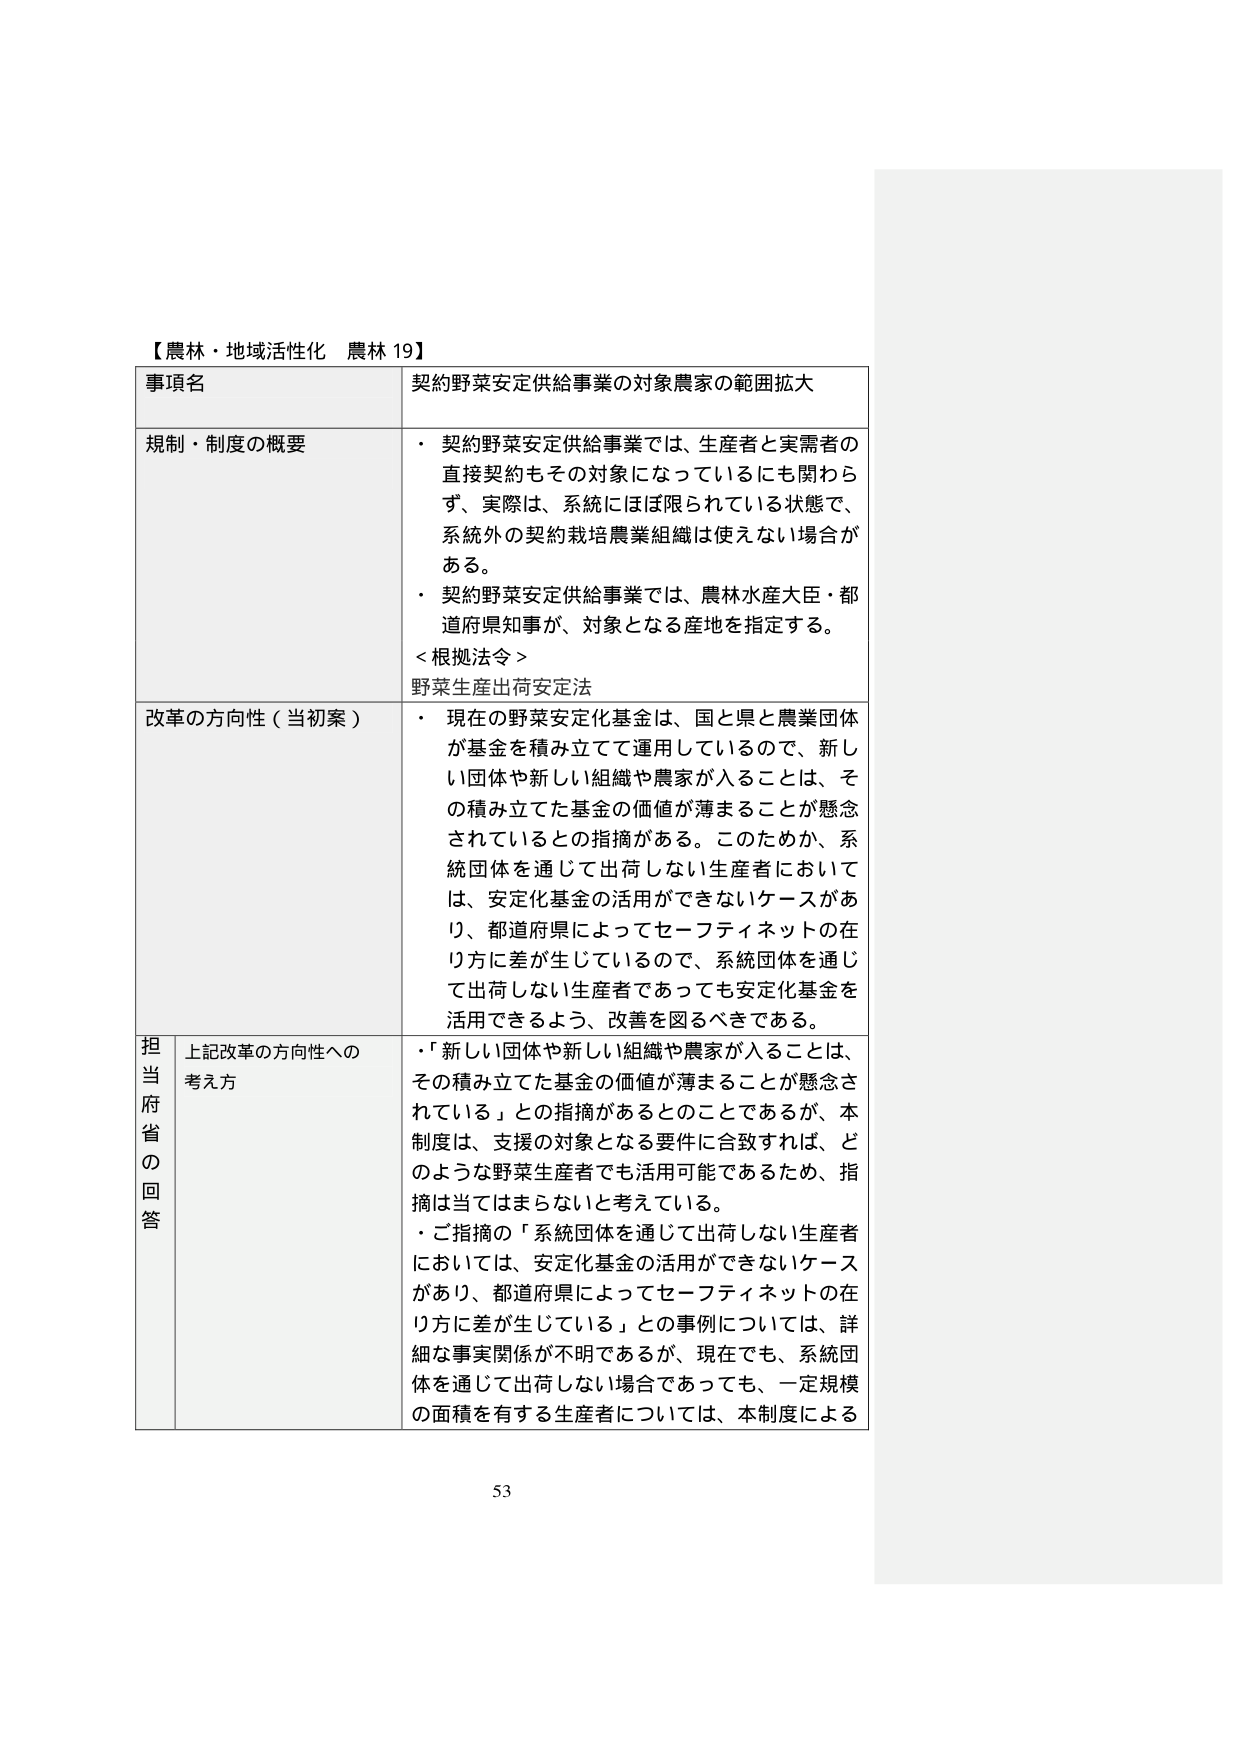
【農林・地域活性化 農林 19】

事項名 契約野菜安定供給事業の対象農家の範囲拡大

規制・制度の概要
・ 契約野菜安定供給事業では、生産者と実需者の直接契約もその対象になっているにも関わらず、実際は、系統にはば限られている状態で、系統外の契約栽培農業組織は使えない場合がある。
・ 契約野菜安定供給事業では、農林水産大臣・都道府県知事が、対象となる産地を指定する。
＜根拠法令＞
野菜生産出荷安定法

改革の方向性（当初案）
・ 現在の野菜安定化基金は、国と県と農業団体が基金を積み立てて運用しているので、新しい団体や新しい組織や農家が入ることは、その積み立てた基金の価値が薄まることが懸念されているとの指摘がある。このためか、系統団体を通じて出荷しない生産者においては、安定化基金の活用ができないケースがあり、都道府県によってセーフティネットの在り方に差が生じているので、系統団体を通じて出荷しない生産者であっても安定化基金を活用できるよう、改善を図るべきである。

担当府省の回答
上記改革の方向性への考え方
・「新しい団体や新しい組織や農家が入ることは、その積み立てた基金の価値が薄まることが懸念されている」との指摘があるとのことであるが、本制度は、支援の対象となる要件に合致すれば、どのような野菜生産者でも活用可能であるため、指摘は当てはまらないと考えている。
・ご指摘の「系統団体を通じて出荷しない生産者においては、安定化基金の活用ができないケースがあり、都道府県によってセーフティネットの在り方に差が生じている」との事例については、詳細な事実関係が不明であるが、現在でも、系統団体を通じて出荷しない場合であっても、一定規模の面積を有する生産者については、本制度による

53